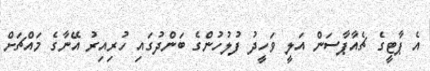
އެ ޕާޓީގެ ޗެއާޕާސަން އަލީ ވަހީދު ފުލުހުންގެ ބަންދުގައި ހުރިއިރު އޭނާގެ މައްޗަށް